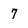
Character: 7